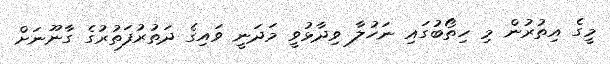
މީގެ އިތުރުން މި ހިތޯބުގައި ނަހުލާ ވިދާޅުވީ މަދަނީ ވައިގެ ދަތުރުފަތުރުގެ ގާނޫނަށް